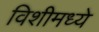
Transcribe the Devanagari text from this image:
विशीमध्ये